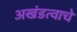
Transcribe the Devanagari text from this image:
अखंडत्वाचे